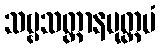
သဗ္ဗသတ္တာနမုတ္တမံ